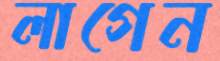
লাগেন